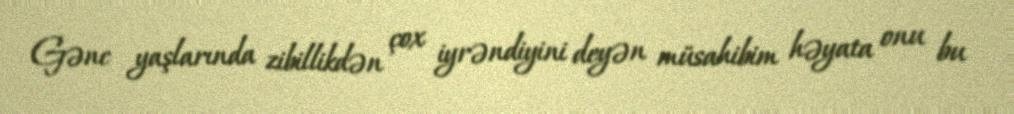
Gənc yaşlarında zibillikdən çox iyrəndiyini deyən müsahibim həyata onu bu